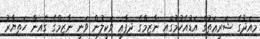
މިއަދުގެ ޝަރީޢަތުގެ އަޑުއެހުމުގައި ނާޒިމްގެ ދިފާޢީ ވަކީލުން ވަނީ ނާޒިމްގެ ގެއިން ހަތިޔާރު